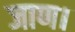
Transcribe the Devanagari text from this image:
जाण।